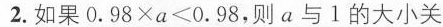
2.如果$$0 . 9 8 \times a ≤ 0 . 9 8$$，则a与1的大小